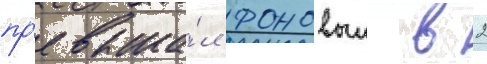
пр'евыша́л фоновыи в 2